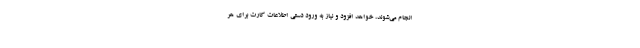
انجام می‌شوند، خواهد افزود و نیاز به ورود دستی اطلاعات کارت برای هر